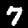
Digit: 7